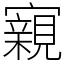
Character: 寴